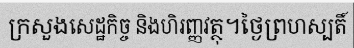
ក្រសួងសេដ្ឋកិច្ច និងហិរញ្ញវត្ថុ។ថ្ងៃព្រហស្បតិ៍